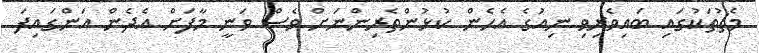
މެޗުތަކުގައި ބައިވެރިވި ނިއުގެ އެހެން ކުޅުންތެރިންނަށް ވެސް ވަނީ މާފަށް އެދެން އަންގައިފަ